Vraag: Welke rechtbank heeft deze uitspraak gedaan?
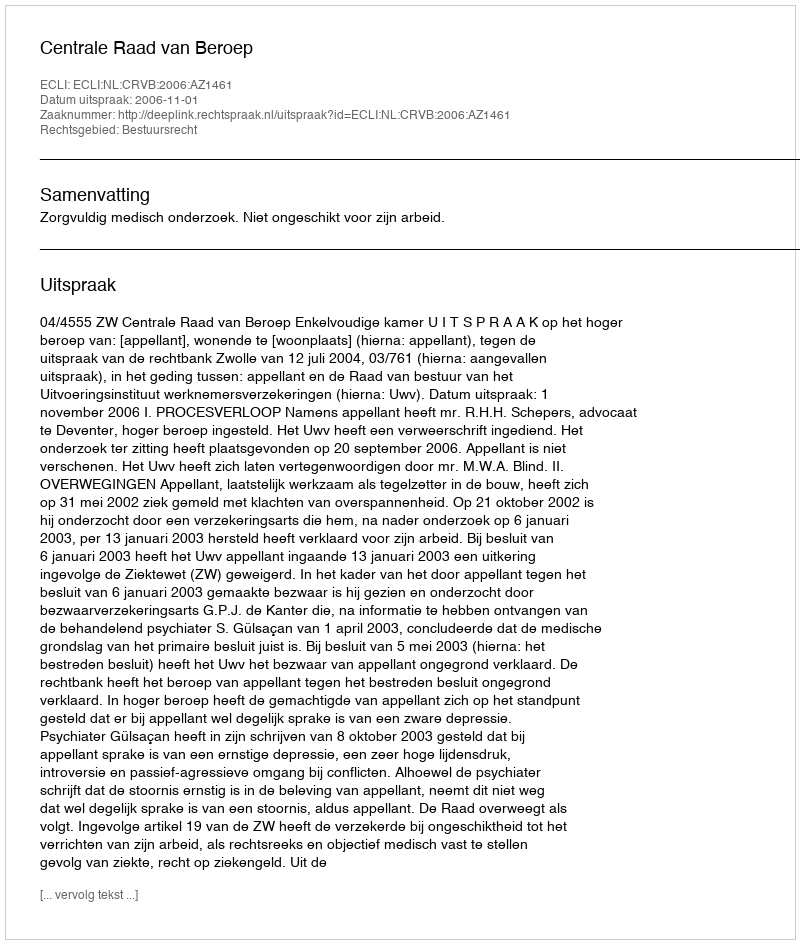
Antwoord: Centrale Raad van Beroep